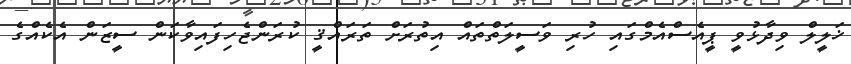
ޚަލީލް ވިދާޅުވީ ޕީއެސްއެމްގައި ހުރި ވަސީލަތްތައް އިތުރަށް ތަރައްޤީ ކުރަންޖެހިފައިވާކަން ސީޒަން އެކެއްގެ